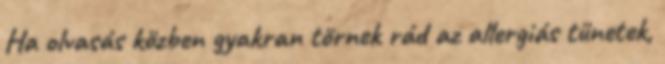
Ha olvasás közben gyakran törnek rád az allergiás tünetek,